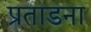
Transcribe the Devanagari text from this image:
प्रताडना